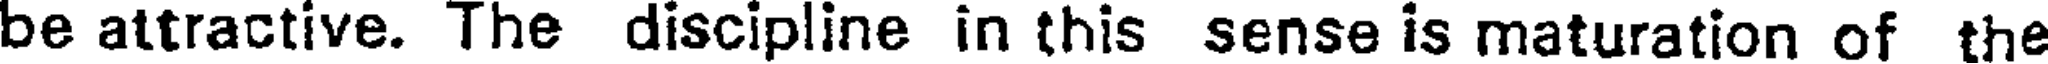
be attractive. The discipline in this sense is maturation of the